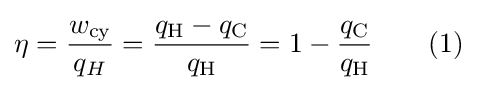
\eta ={\frac {w_{\text{cy}}}{q_{H}}}={\frac {q_{\text{H}}-q_{\text{C}}}{q_{\text{H}}}}=1-{\frac {q_{\text{C}}}{q_{\text{H}}}}\qquad (1)